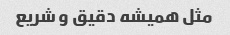
مثل همیشه دقیق و شریع